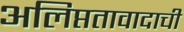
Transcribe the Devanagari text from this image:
अलिप्ततावादाची